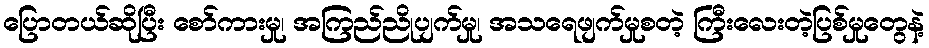
ပြောတယ်ဆိုပြီး စော်ကားမှု၊ အကြည်ညိုပျက်မှု၊ အသရေဖျက်မှုစတဲ့ ကြီးလေးတဲ့ပြစ်မှုတွေနဲ့